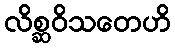
လိစ္ဆဝိသတေဟိ